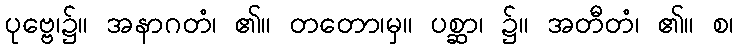
ပုဗ္ဗေ၊၌။ အနာဂတံ၊ ၏။ တတော၊မှ။ ပစ္ဆာ၊ ၌။ အတီတံ၊ ၏။ စ၊